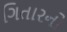
ગિતારનો